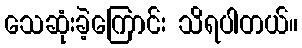
သေဆုံးခဲ့ကြောင်း သိရပါတယ်။